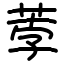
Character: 荸